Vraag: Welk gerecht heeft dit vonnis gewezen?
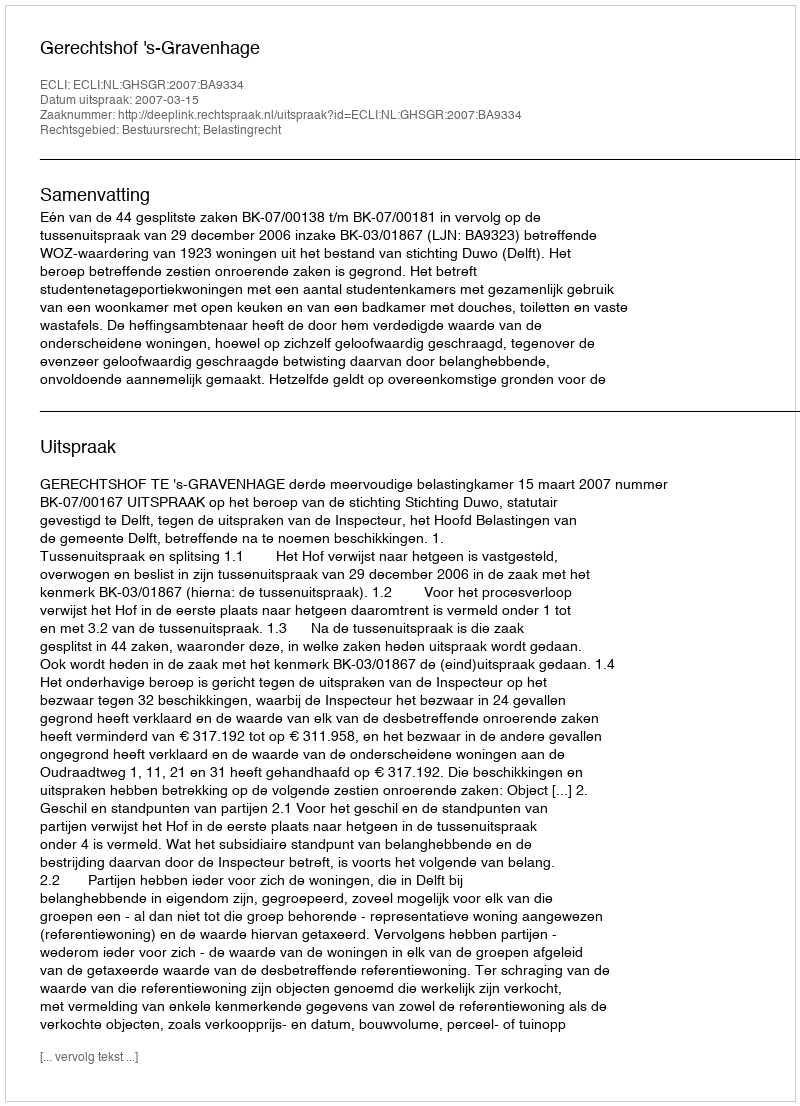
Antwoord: Gerechtshof 's-Gravenhage